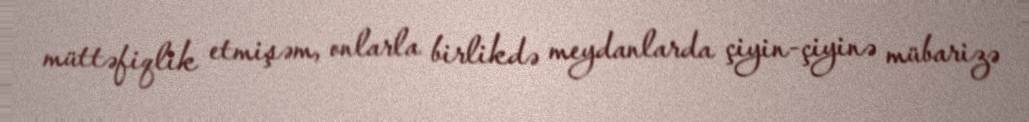
müttəfiqlik etmişəm, onlarla birlikdə meydanlarda çiyin-çiyinə mübarizə